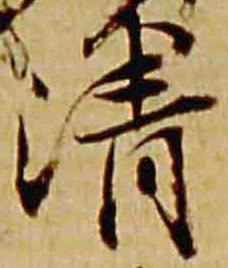
清